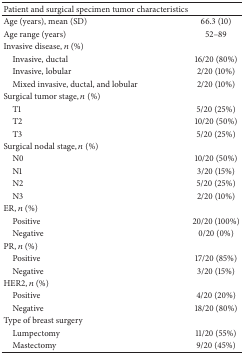
<table><thead><tr><td><b>Patient and surgical specimen tumor characteristics</b></td><td><b> </b></td></tr></thead><tbody><tr><td>Age (years), mean (SD)</td><td>66.3 (10)</td></tr><tr><td>Age range (years)</td><td>52–89</td></tr><tr><td>Invasive disease, <i>n</i> (%)</td><td> </td></tr><tr><td> Invasive, ductal</td><td>16/20 (80%)</td></tr><tr><td> Invasive, lobular</td><td>2/20 (10%)</td></tr><tr><td> Mixed invasive, ductal, and lobular</td><td>2/20 (10%)</td></tr><tr><td>Surgical tumor stage, <i>n</i> (%)</td><td> </td></tr><tr><td> T1</td><td>5/20 (25%)</td></tr><tr><td> T2</td><td>10/20 (50%)</td></tr><tr><td> T3</td><td>5/20 (25%)</td></tr><tr><td>Surgical nodal stage, <i>n</i> (%)</td><td> </td></tr><tr><td> N0</td><td>10/20 (50%)</td></tr><tr><td> N1</td><td>3/20 (15%)</td></tr><tr><td> N2</td><td>5/20 (25%)</td></tr><tr><td> N3</td><td>2/20 (10%)</td></tr><tr><td>ER, <i>n</i> (%)</td><td> </td></tr><tr><td> Positive</td><td>20/20 (100%)</td></tr><tr><td> Negative</td><td>0/20 (0%)</td></tr><tr><td>PR, <i>n</i> (%)</td><td> </td></tr><tr><td> Positive</td><td>17/20 (85%)</td></tr><tr><td> Negative</td><td>3/20 (15%)</td></tr><tr><td>HER2, <i>n</i> (%)</td><td> </td></tr><tr><td> Positive</td><td>4/20 (20%)</td></tr><tr><td> Negative</td><td>18/20 (80%)</td></tr><tr><td>Type of breast surgery</td><td> </td></tr><tr><td> Lumpectomy</td><td>11/20 (55%)</td></tr><tr><td> Mastectomy</td><td>9/20 (45%)</td></tr></tbody></table>